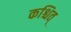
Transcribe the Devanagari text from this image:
कश्चित्‌